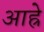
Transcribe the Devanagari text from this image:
आह्रे